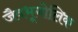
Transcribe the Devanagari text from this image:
जैवभूगोलिक